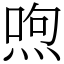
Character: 喣